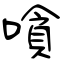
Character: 嗿